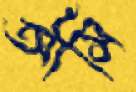
আর্সি